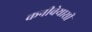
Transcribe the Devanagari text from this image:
कनीवेयासी